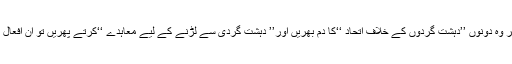
جن دو گروہوں کو قرآن نے اہل ایمان کا سخت ترین دشمن قرار دیا ہے اگر وہ دونوں ’’دہشت گردوں کے خلاف اتحاد ‘‘کا دم بھریں اور’’ دہشت گردی سے لڑنے کے لیے معاہدے ‘‘کرتے پھریں تو اِن اَفعال کے لیے ’تلبیس حق و باطل ‘کے سوا اور کوئی اصطلاح ہمیں نہیں معلوم۔